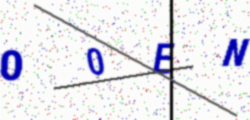
Text: 00EN